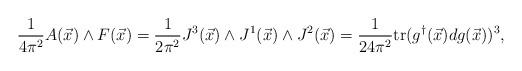
LaTeX: \begin{align*}\frac{1}{4\pi^2}A(\vec x)\wedge F(\vec x)=\frac{1}{2\pi^2}J^3(\vec x)\wedge J^1(\vec x)\wedge J^2(\vec x)=\frac{1}{24\pi^2}{\rm tr}(g^\dagger(\vec x)dg(\vec x))^3,\end{align*}